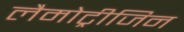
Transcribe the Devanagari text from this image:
लैमोट्रीजिन